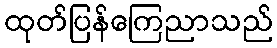
ထုတ်ပြန်ကြေညာသည်